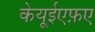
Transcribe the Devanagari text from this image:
केयूईएफ़ए